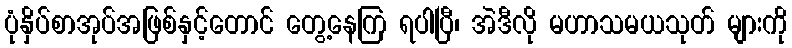
ပုံနှိပ်စာအုပ်အဖြစ်နှင့်တောင် တွေ့နေကြ ရပါပြီ၊ အဲဒီလို မဟာသမယသုတ် များကို